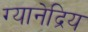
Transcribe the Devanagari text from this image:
ग्यानेद्रिय